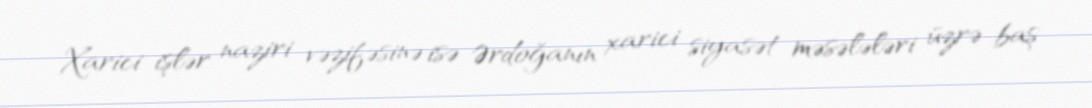
Xarici işlər naziri vəzifəsinə isə Ərdoğanın xarici siyasət məsələləri üzrə baş